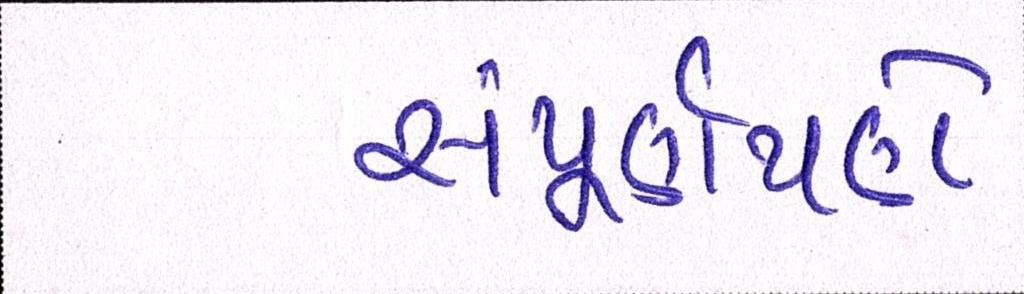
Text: સંપૂર્ણપણે